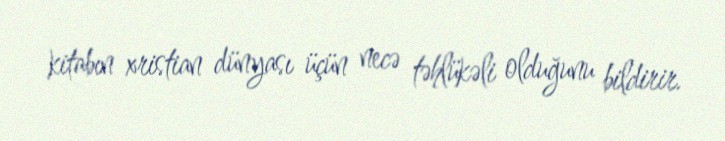
kitabın xristian dünyası üçün necə təhlükəli olduğunu bildirir.